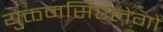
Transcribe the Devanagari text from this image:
युक्तमर्सिएलेगो